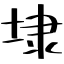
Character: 埭